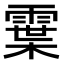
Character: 𩄓